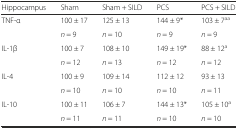
<table><thead><tr><td><b>Hippocampus</b></td><td><b>Sham</b></td><td><b>Sham + SILD</b></td><td><b>PCS</b></td><td><b>PCS + SILD</b></td></tr></thead><tbody><tr><td rowspan="2">TNF-α</td><td>100 ± 17</td><td>125 ± 13</td><td>144 ± 9*</td><td>103 ± 7<sup>aa</sup></td></tr><tr><td><i>n</i> = 9</td><td><i>n</i> = 10</td><td><i>n</i> = 9</td><td><i>n</i> = 9</td></tr><tr><td rowspan="2">IL-1β</td><td>100 ± 7</td><td>108 ± 10</td><td>149 ± 19*</td><td>88 ± 12<sup>a</sup></td></tr><tr><td><i>n</i> = 12</td><td><i>n</i> = 13</td><td><i>n</i> = 12</td><td><i>n</i> = 12</td></tr><tr><td rowspan="2">IL-4</td><td>100 ± 9</td><td>109 ± 14</td><td>112 ± 12</td><td>93 ± 13</td></tr><tr><td><i>n</i> = 10</td><td><i>n</i> = 10</td><td><i>n</i> = 10</td><td><i>n</i> = 11</td></tr><tr><td rowspan="2">IL-10</td><td>100 ± 11</td><td>106 ± 7</td><td>144 ± 13*</td><td>105 ± 10<sup>a</sup></td></tr><tr><td><i>n</i> = 11</td><td><i>n</i> = 11</td><td><i>n</i> = 10</td><td><i>n</i> = 10</td></tr></tbody></table>